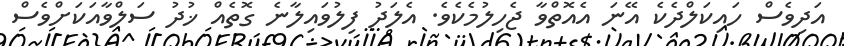
އަދިވެސް ހައިކަލްދެކެ އޭނަ އެއޮތްވާ ޖެހިލުމެކެވެ. އެލަދު ފިލުވައިލާނެ ގޮތެއް ޚުދު ސަލްވާއަކަށްވެސް